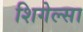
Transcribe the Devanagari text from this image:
शिगेल्सा